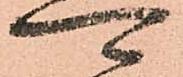
可